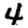
Digit: 4